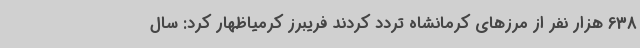
638 هزار نفر از مرزهای کرمانشاه تردد کردند فریبرز کرمیاظهار کرد: سال